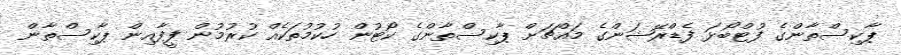
ޕާކިސްތާންގެ ފުޓްބޯޅަ ފެޑްރޭޝަންގެ މައްޗަށް ޕާކިސްތާންގެ ކޯޓުން ހުކުމުތަކެއް ކުރުމުން ފީފާއިން ޕާކިސްތާން